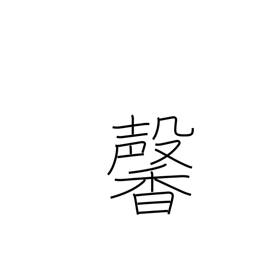
Meaning: fragrant